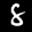
Label: 8